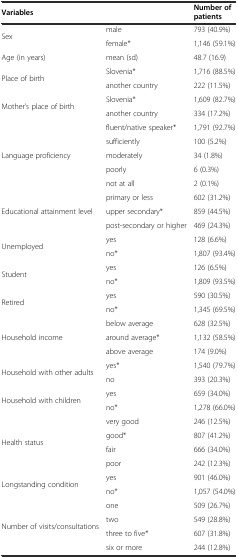
| <COLSPAN=2> Variables | Number of patients |
 | --- | --- | --- |
 | <ROWSPAN=2> Sex | male | 793 (40.9%) |
 | female* | 1,146 (59.1%) |
 | Age (in years) | mean (sd) | 48.7 (16.9) |
 | <ROWSPAN=2> Place of birth | Slovenia* | 1,716 (88.5%) |
 | another country | 222 (11.5%) |
 | <ROWSPAN=2> Mother’s place of birth | Slovenia* | 1,609 (82.7%) |
 | another country | 334 (17.2%) |
 | <ROWSPAN=5> Language proficiency | fluent/native speaker* | 1,791 (92.7%) |
 | sufficiently | 100 (5.2%) |
 | moderately | 34 (1.8%) |
 | poorly | 6 (0.3%) |
 | not at all | 2 (0.1%) |
 | <ROWSPAN=3> Educational attainment level | primary or less | 602 (31.2%) |
 | upper secondary* | 859 (44.5%) |
 | post-secondary or higher | 469 (24.3%) |
 | <ROWSPAN=2> Unemployed | yes | 128 (6.6%) |
 | no* | 1,807 (93.4%) |
 | <ROWSPAN=2> Student | yes | 126 (6.5%) |
 | no* | 1,809 (93.5%) |
 | <ROWSPAN=2> Retired | yes | 590 (30.5%) |
 | no* | 1,345 (69.5%) |
 | <ROWSPAN=3> Household income | below average | 628 (32.5%) |
 | around average* | 1,132 (58.5%) |
 | above average | 174 (9.0%) |
 | <ROWSPAN=2> Household with other adults | yes* | 1,540 (79.7%) |
 | no | 393 (20.3%) |
 | <ROWSPAN=2> Household with children | yes | 659 (34.0%) |
 | no* | 1,278 (66.0%) |
 | <ROWSPAN=4> Health status | very good | 246 (12.5%) |
 | good* | 807 (41.2%) |
 | fair | 666 (34.0%) |
 | poor | 242 (12.3%) |
 | <ROWSPAN=2> Longstanding condition | yes | 901 (46.0%) |
 | no* | 1,057 (54.0%) |
 | <ROWSPAN=4> Number of visits/consultations | one | 509 (26.7%) |
 | two | 549 (28.8%) |
 | three to five* | 607 (31.8%) |
 | six or more | 244 (12.8%) |